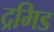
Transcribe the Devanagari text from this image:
द्रमिड